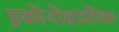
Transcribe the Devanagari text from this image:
इकोनोग्राफ़ीक